Vaccination in the Punjab 1883-1896 - 1883-1896
Year: 1883
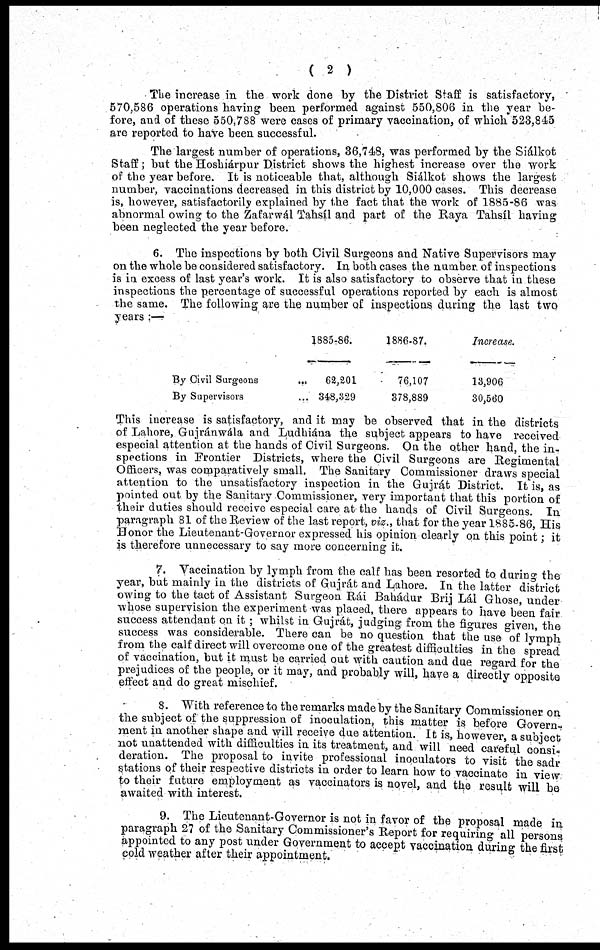
( 2 )
The increase in the work done by the District Staff is satisfactory,
570,586 operations having been performed against 550,806 in the year be-
fore, and of these 550,788 were cases of primary vaccination, of which 523,845
are reported to have been successful.
The largest number of operations, 36,748, was performed by the Siálkot
Staff; but the Hoshiárpur District shows the highest increase over the work
of the year before. It is noticeable that, although Siálkot shows the largest
number, vaccinations decreased in this district by 10,000 cases. This decrease
is, however, satisfactorily explained by the fact that the work of 1885-86 was
abnormal owing to the Zafarwál Tahsíl and part of the Raya Tahsíl having
been neglected the year before.
6. The inspections by both Civil Surgeons and Native Supervisors may
on the whole be considered satisfactory. In both cases the number of inspections
is in excess of last year's work. It is also satisfactory to observe that in these
inspections the percentage of successful operations reported by each is almost
the same. The following are the number of inspections during the last two
years :—
By Civil Surgeons ...
By Supervisors ...
1885-86.
62,201
348,329
1886-87.
76,107
378,889
Increase.
13,906
30,560
This increase is satisfactory, and it may be observed that in the districts
of Lahore, Gujránwála and Ludhiána the subject appears to have received
especial attention at the hands of Civil Surgeons. On the other hand, the in-
spections in Frontier Districts, where the Civil Surgeons are Regimental
Officers, was comparatively small. The Sanitary Commissioner draws special
attention to the unsatisfactory inspection in the Gujrát District. It is, as
pointed out by the Sanitary Commissioner, very important that this portion of
their duties should receive especial care at the hands of Civil Surgeons. In
paragraph 81 of the Review of the last report, viz., that for the year 1885-86, His
Honor the Lieutenant-Governor expressed his opinion clearly on this point; it
is therefore unnecessary to say more concerning it.
7. Vaccination by lymph from the calf has been resorted to during the
year, but mainly in the districts of Gujrát and Lahore. In the latter district
owing to the tact of Assistant Surgeon Rái Bahádur Brij Lál Ghose, under
whose supervision the experiment was placed, there appears to have been fair
success attendant on it ; whilst in Gujrát, judging from the figures given, the
success was considerable. There can be no question that the use of lymph
from the calf direct will overcome one of the greatest difficulties in the spread
of vaccination, but it must be carried out with caution and due regard for the
prejudices of the people, or it may, and probably will, have a directly opposite
effect and do great mischief.
8. With reference to the remarks made by the Sanitary Commissioner on
the subject of the suppression of inoculation, this matter is before Govern-
ment in another shape and will receive due attention. It is, however, a subject
not unattended with difficulties in its treatment, and will need careful consi-
deration. The proposal to invite professional inoculators to visit the sadr
stations of their respective districts in order to learn how to vaccinate in view
to their future employment as vaccinators is novel, and the result will be
awaited with interest.
9. The Lieutenant-Governor is not in favor of the proposal made in
paragraph 27 of the Sanitary Commissioner's Report for requiring all persons
appointed to any post under Government to accept vaccination during the first
cold weather after their appointment.